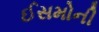
ઈસમોની